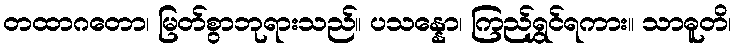
တထာဂတော၊ မြတ်စွာဘုရားသည်။ ပသန္နော၊ ကြည်ရွှင်ရကား။ သာဓူတိ၊